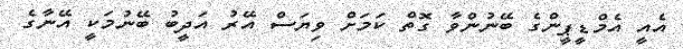
އެއީ އެމްޑީޕީންގެ ބޭނުންވާ ގޮތް ކަމަށް ވިޔަސް އޭރު އަދީބު ބޭނުމަކީ އޭނާގެ